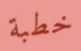
خطبة